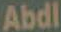
Abdl